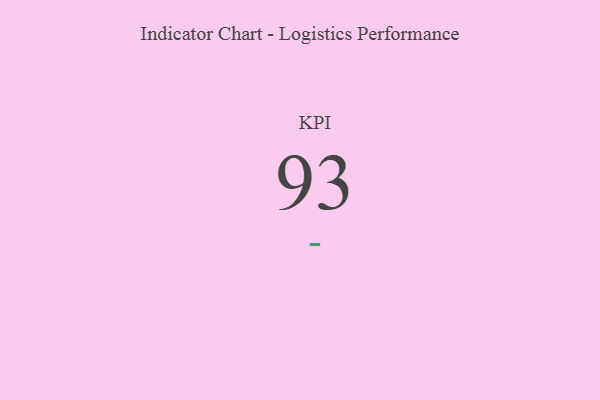
{"axis": {"x": "KPI", "y": "Value"}, "legend": [""], "data": [{"x": "KPI", "y": 93, "type": ""}]}